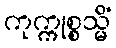
ကုက္ကုစ္စသ္မိံ